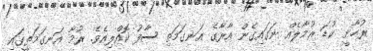
ރުހާނީ ކުޑަ ރުމާލެއް ނަގައިގެން އާރާގެ އަނގަމަތި ސާފު ކޮއްލިއެވެ. ރުމާ އަނގަމަތީގައި